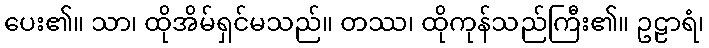
ပေး၏။ သာ၊ ထိုအိမ်ရှင်မသည်။ တဿ၊ ထိုကုန်သည်ကြီး၏။ ဥဠာရံ၊